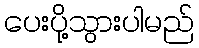
ပေးပို့သွားပါမည်